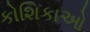
કોશિકાઓ